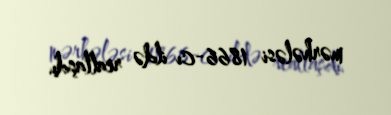
mərhələsi 1866-cı ildə reallaşdı.